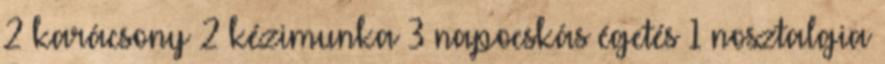
2 karácsony 2 kézimunka 3 napocskás égetés 1 nosztalgia